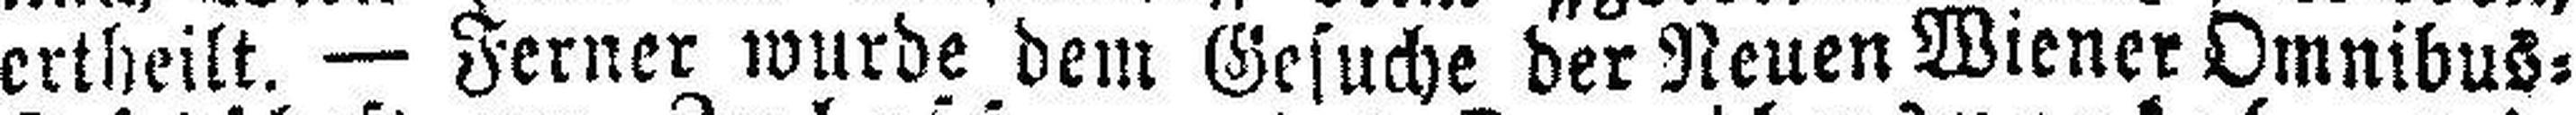
ertheilt. — Ferner wurde dem Gesuche der Neuen Wiener Omnibus=